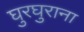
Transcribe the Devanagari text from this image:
घुरघुराना